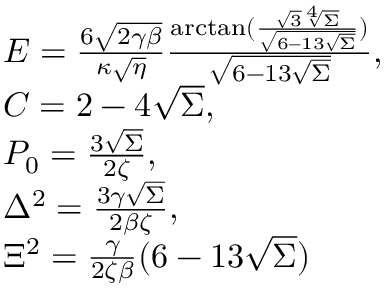
\begin{array} { l } { E = \frac { 6 \sqrt { 2 \gamma \beta } } { \kappa \sqrt { \eta } } \frac { \arctan ( \frac { \sqrt { 3 } \sqrt [ 4 ] { \Sigma } } { \sqrt { 6 - 1 3 \sqrt { \Sigma } } } ) } { \sqrt { 6 - 1 3 \sqrt { \Sigma } } } , } \\ { C = 2 - 4 \sqrt { \Sigma } , } \\ { P _ { 0 } = \frac { 3 \sqrt { \Sigma } } { 2 \zeta } , } \\ { \Delta ^ { 2 } = \frac { 3 \gamma \sqrt { \Sigma } } { 2 \beta \zeta } , } \\ { \Xi ^ { 2 } = \frac { \gamma } { 2 \zeta \beta } ( 6 - 1 3 \sqrt { \Sigma } ) } \end{array}